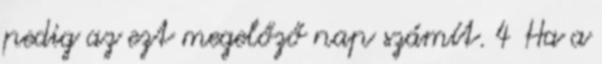
pedig az ezt megelőző nap számít. 4 Ha a